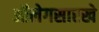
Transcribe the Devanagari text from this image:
ऑलेगसारखे